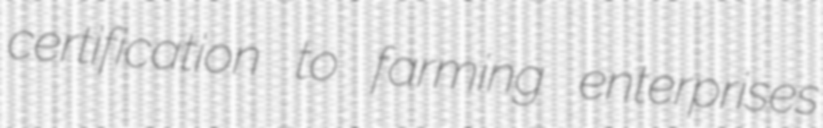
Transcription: certification to farming enterprises